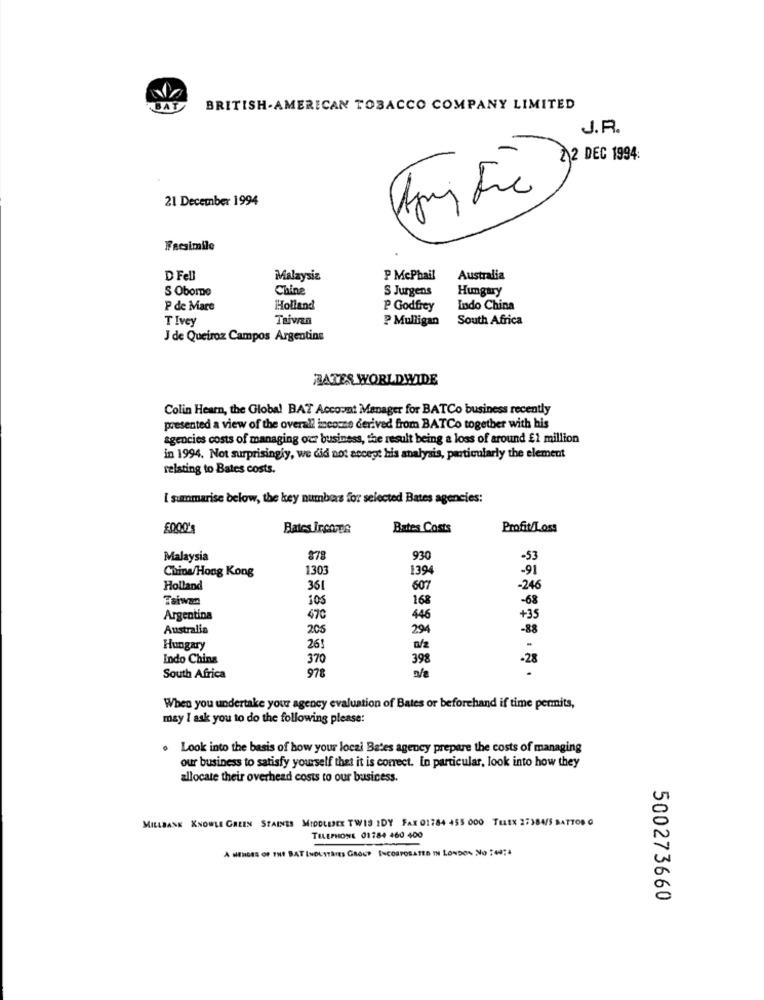
BAT
BRITISH-AMERICAN TOBACCO COMPANY LIMITED
J.R.
2 2 DEC 1994:
21 December 1994
Facsimile
D Fell
Malaysiz
P McPhail
Australia
S OborDe
Chine
S Jurgens
Hungary
P de Mare
Holland
P Godfrey
Indo China
T Ivey
Taivran
P Mulligan
South Africa
J de Queiroz Campos Argentine
BATES WORLDWIDE
Colin Hearn, the Global BAT Account Manager for BATCo business recently
presented a view of the overall income derived from BATCo together with his
agencies costs of managing our business, the result being a loss of around £1 million
in 1994. Not surprisingly, we did not accept his analysis, particularly the element
relating to Bates costs.
I summarise below, the key numbers for selected Bates agencies:
Bates Ircome
Bates Costs
Profit/Loss
Malaysia
878
930
-53
China/Hong Kong
1303
1394
-91
Holland
361
607
-246
Taiwan
105
168
-68
Argentina
470
446
+35
Australia
205
294
-88
.
Hungary
26!
Indo China
370
398
-28
978
.
South Africa
When you undertake your agency evaluation of Bates or beforehand if time permits,
may I ask you to do the following please:
Look into the basis of how your local Bates agency prepare the costs of managing
our business to satisfy yourself that it is correct. In particular, look into how they
allocate their overhead costs to our business.
MILLBANK KNOWLE GREEN STAINES MIDDLESEX TWIS IDY FAX 01784 455 000 TELEX 27384/
TELEPHONE 01784 460 400
A MENDES OF THE BAT INDUSTRIES GROUP INCORPORATED IN LONDON No :4974
500273660